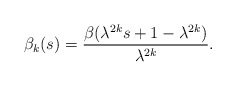
\begin{align*} \begin{aligned} \beta_k(s)=\frac{\beta(\lambda^{2k}s+1-\lambda^{2k})}{\lambda^{2k}}. \end{aligned} \end{align*}